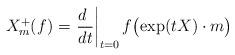
LaTeX: \begin{align*}X_m^+(f)=\left.\frac{d\ }{dt}\right|_{t=0}f\bigl(\exp(tX)\cdot m\bigr)\end{align*}